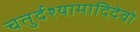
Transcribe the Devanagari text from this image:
चतुर्दश्यामादिदेवो